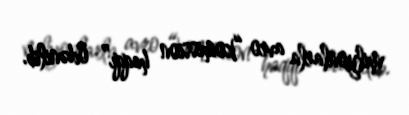
milyonlarla avro “komission haqqı” ödənilib.